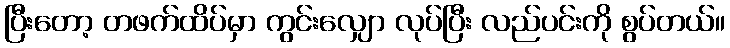
ပြီးတော့ တဖက်ထိပ်မှာ ကွင်းလျှော လုပ်ပြီး လည်ပင်းကို စွပ်တယ်။